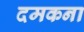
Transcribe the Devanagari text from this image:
दमकना